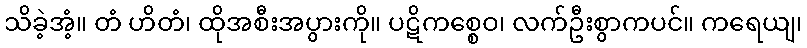
သိခဲ့အံ့။ တံ ဟိတံ၊ ထိုအစီးအပွားကို။ ပဋိကစ္စေဝ၊ လက်ဦးစွာကပင်။ ကရေယျ၊